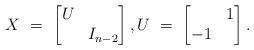
LaTeX: \begin{align*}X \ = \ \begin{bmatrix} U \\ & I_{n-2} \end{bmatrix}, U \ = \ \begin{bmatrix} & 1 \\ -1 \end{bmatrix}.\end{align*}